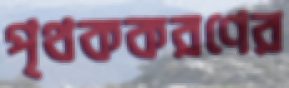
পৃথককরণের